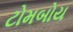
ટોમબોય